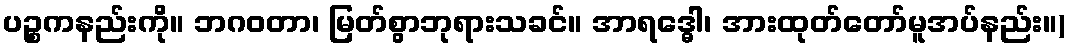
ပဉ္စကနည်းကို။ ဘဂဝတာ၊ မြတ်စွာဘုရားသခင်။ အာရဒ္ဓေါ၊ အားထုတ်တော်မူအပ်နည်း။)